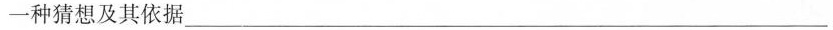
一种猜想及其依据___